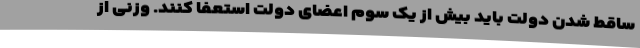
ساقط شدن دولت باید بیش از یک سوم اعضای دولت استعفا کنند. وزنی از